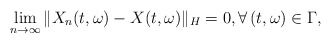
\begin{align*}\lim_{n\rightarrow\infty}\Vert X_n(t,\omega) - X(t,\omega)\Vert_H = 0, \forall\, (t,\omega)\in\Gamma ,\end{align*}